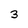
Character: 3